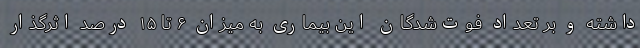
داشته و بر تعداد فوت‌شدگان این بیماری به میزان ۶ تا ۱۵ درصد اثرگذار